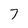
Character: 7